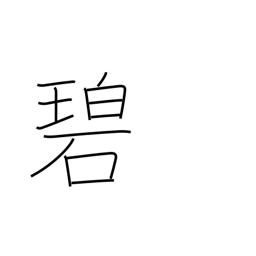
Meaning: green